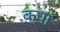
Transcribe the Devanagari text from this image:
क़घा